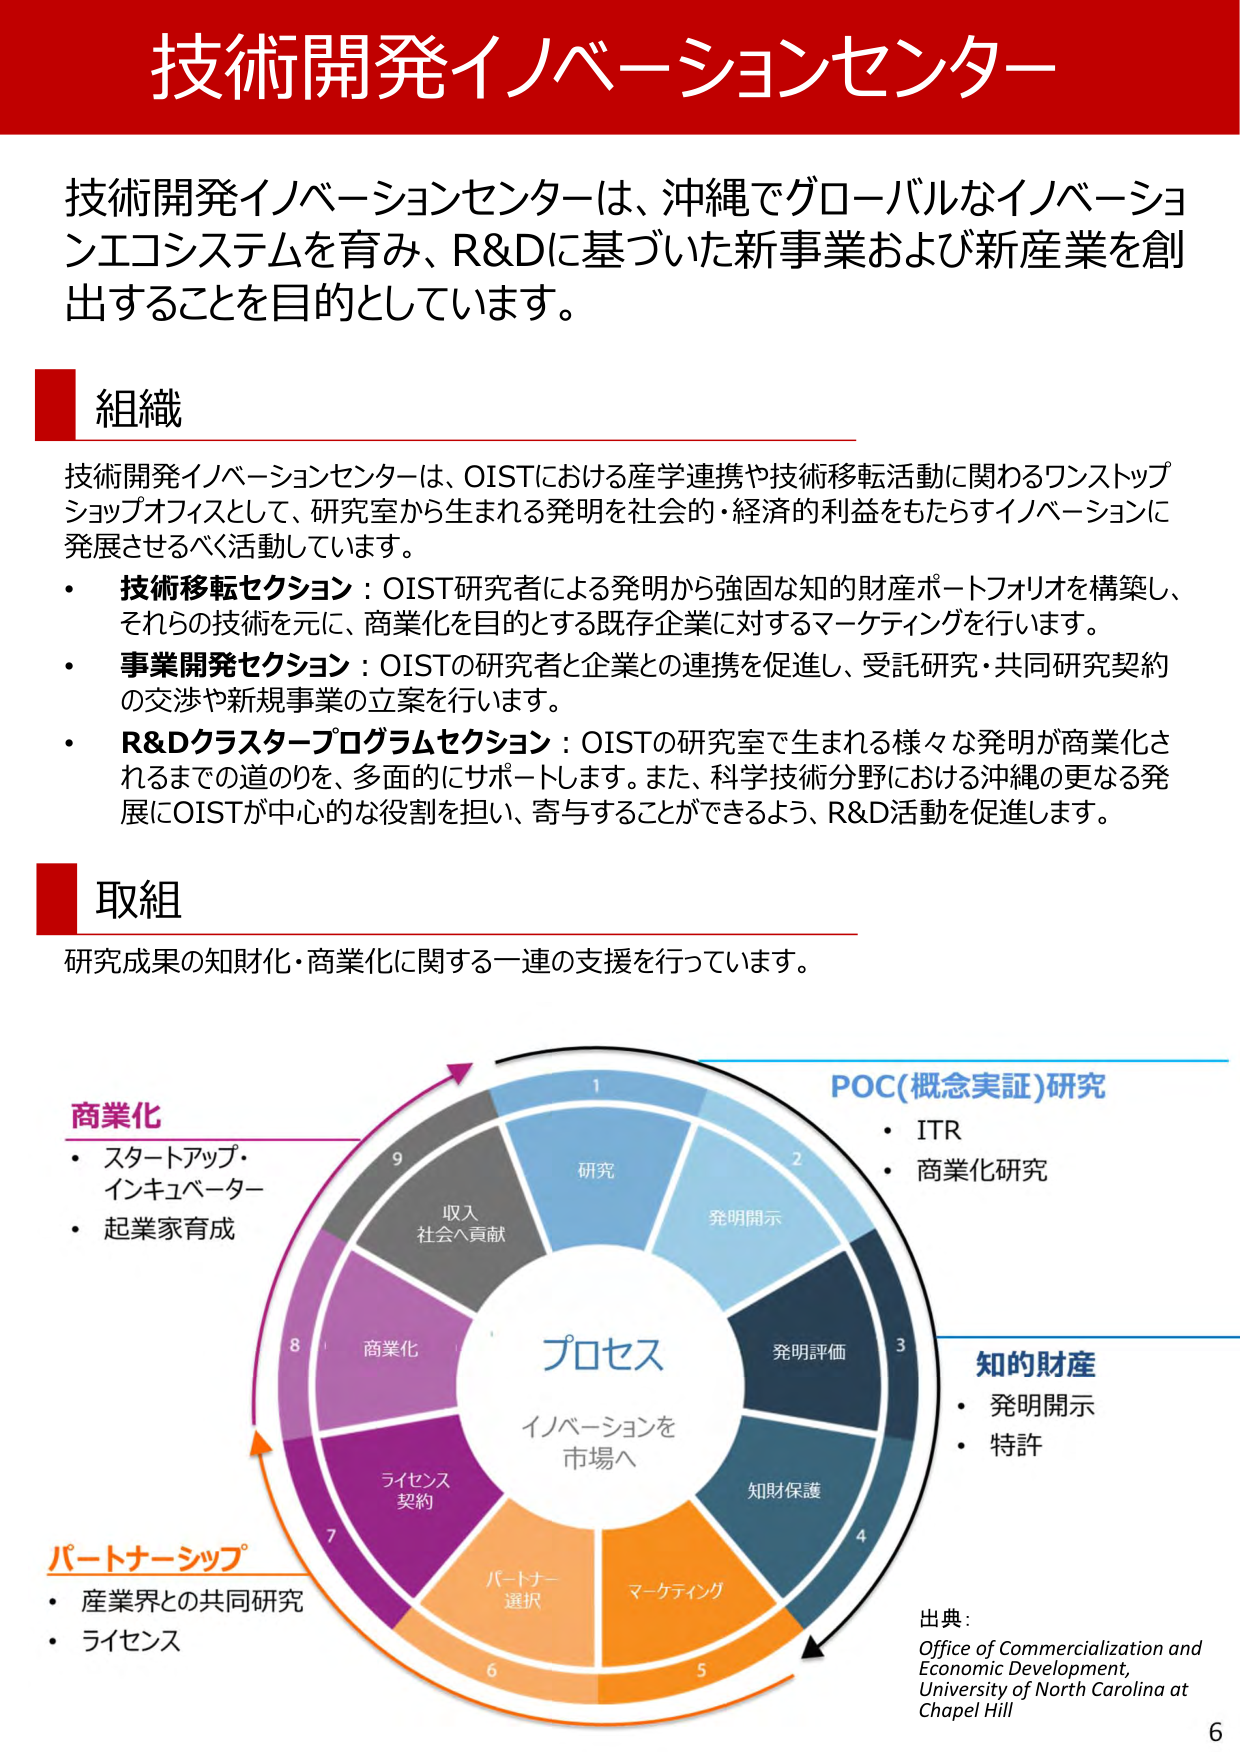
技術開発イノベーションセンター

技術開発イノベーションセンターは、沖縄でグローバルなイノベーションエコシステムを育み、R&Dに基づいた新事業および新産業を創出することを目的としています。

組織

技術開発イノベーションセンターは、OISTにおける産学連携や技術移転活動に関わるワンストップショップオフィスとして、研究室から生まれる発明を社会的・経済的利益をもたらすイノベーションに発展させるべく活動しています。

・ 技術移転セクション：OIST研究者による発明から強固な知的財産ポートフォリオを構築し、それらの技術を元に、商業化を目的とする既存企業に対するマーケティングを行います。

・ 事業開発セクション：OISTの研究者と企業との連携を促進し、受託研究・共同研究契約の交渉や新規事業の立案を行います。

・ R&Dクラスタープログラムセクション：OISTの研究室で生まれる様々な発明が商業化されるまでの道のりを、多面的にサポートします。また、科学技術分野における沖縄の更なる発展にOISTが中心的な役割を担い、寄与することができるよう、R&D活動を促進します。

取組

研究成果の知財化・商業化に関する一連の支援を行っています。

プロセス
イノベーションを
市場へ

1 研究
2 発明開示
3 発明評価
4 知財保護
5 マーケティング
6 パートナー選択
7 ライセンス契約
8 商業化
9 収入
社会へ貢献

POC(概念実証)研究
・ ITR
・ 商業化研究

知的財産
・ 発明開示
・ 特許

商業化
・ スタートアップ・インキュベーター
・ 起業家育成

パートナーシップ
・ 産業界との共同研究
・ ライセンス

出典：
Office of Commercialization and Economic Development, University of North Carolina at Chapel Hill

6